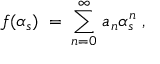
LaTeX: f ( \alpha _ { s } ) \; = \; \sum _ { n = 0 } ^ { \infty } \, a _ { n } \alpha _ { s } ^ { n } \; ,